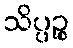
သိပ္ပဉ္စ